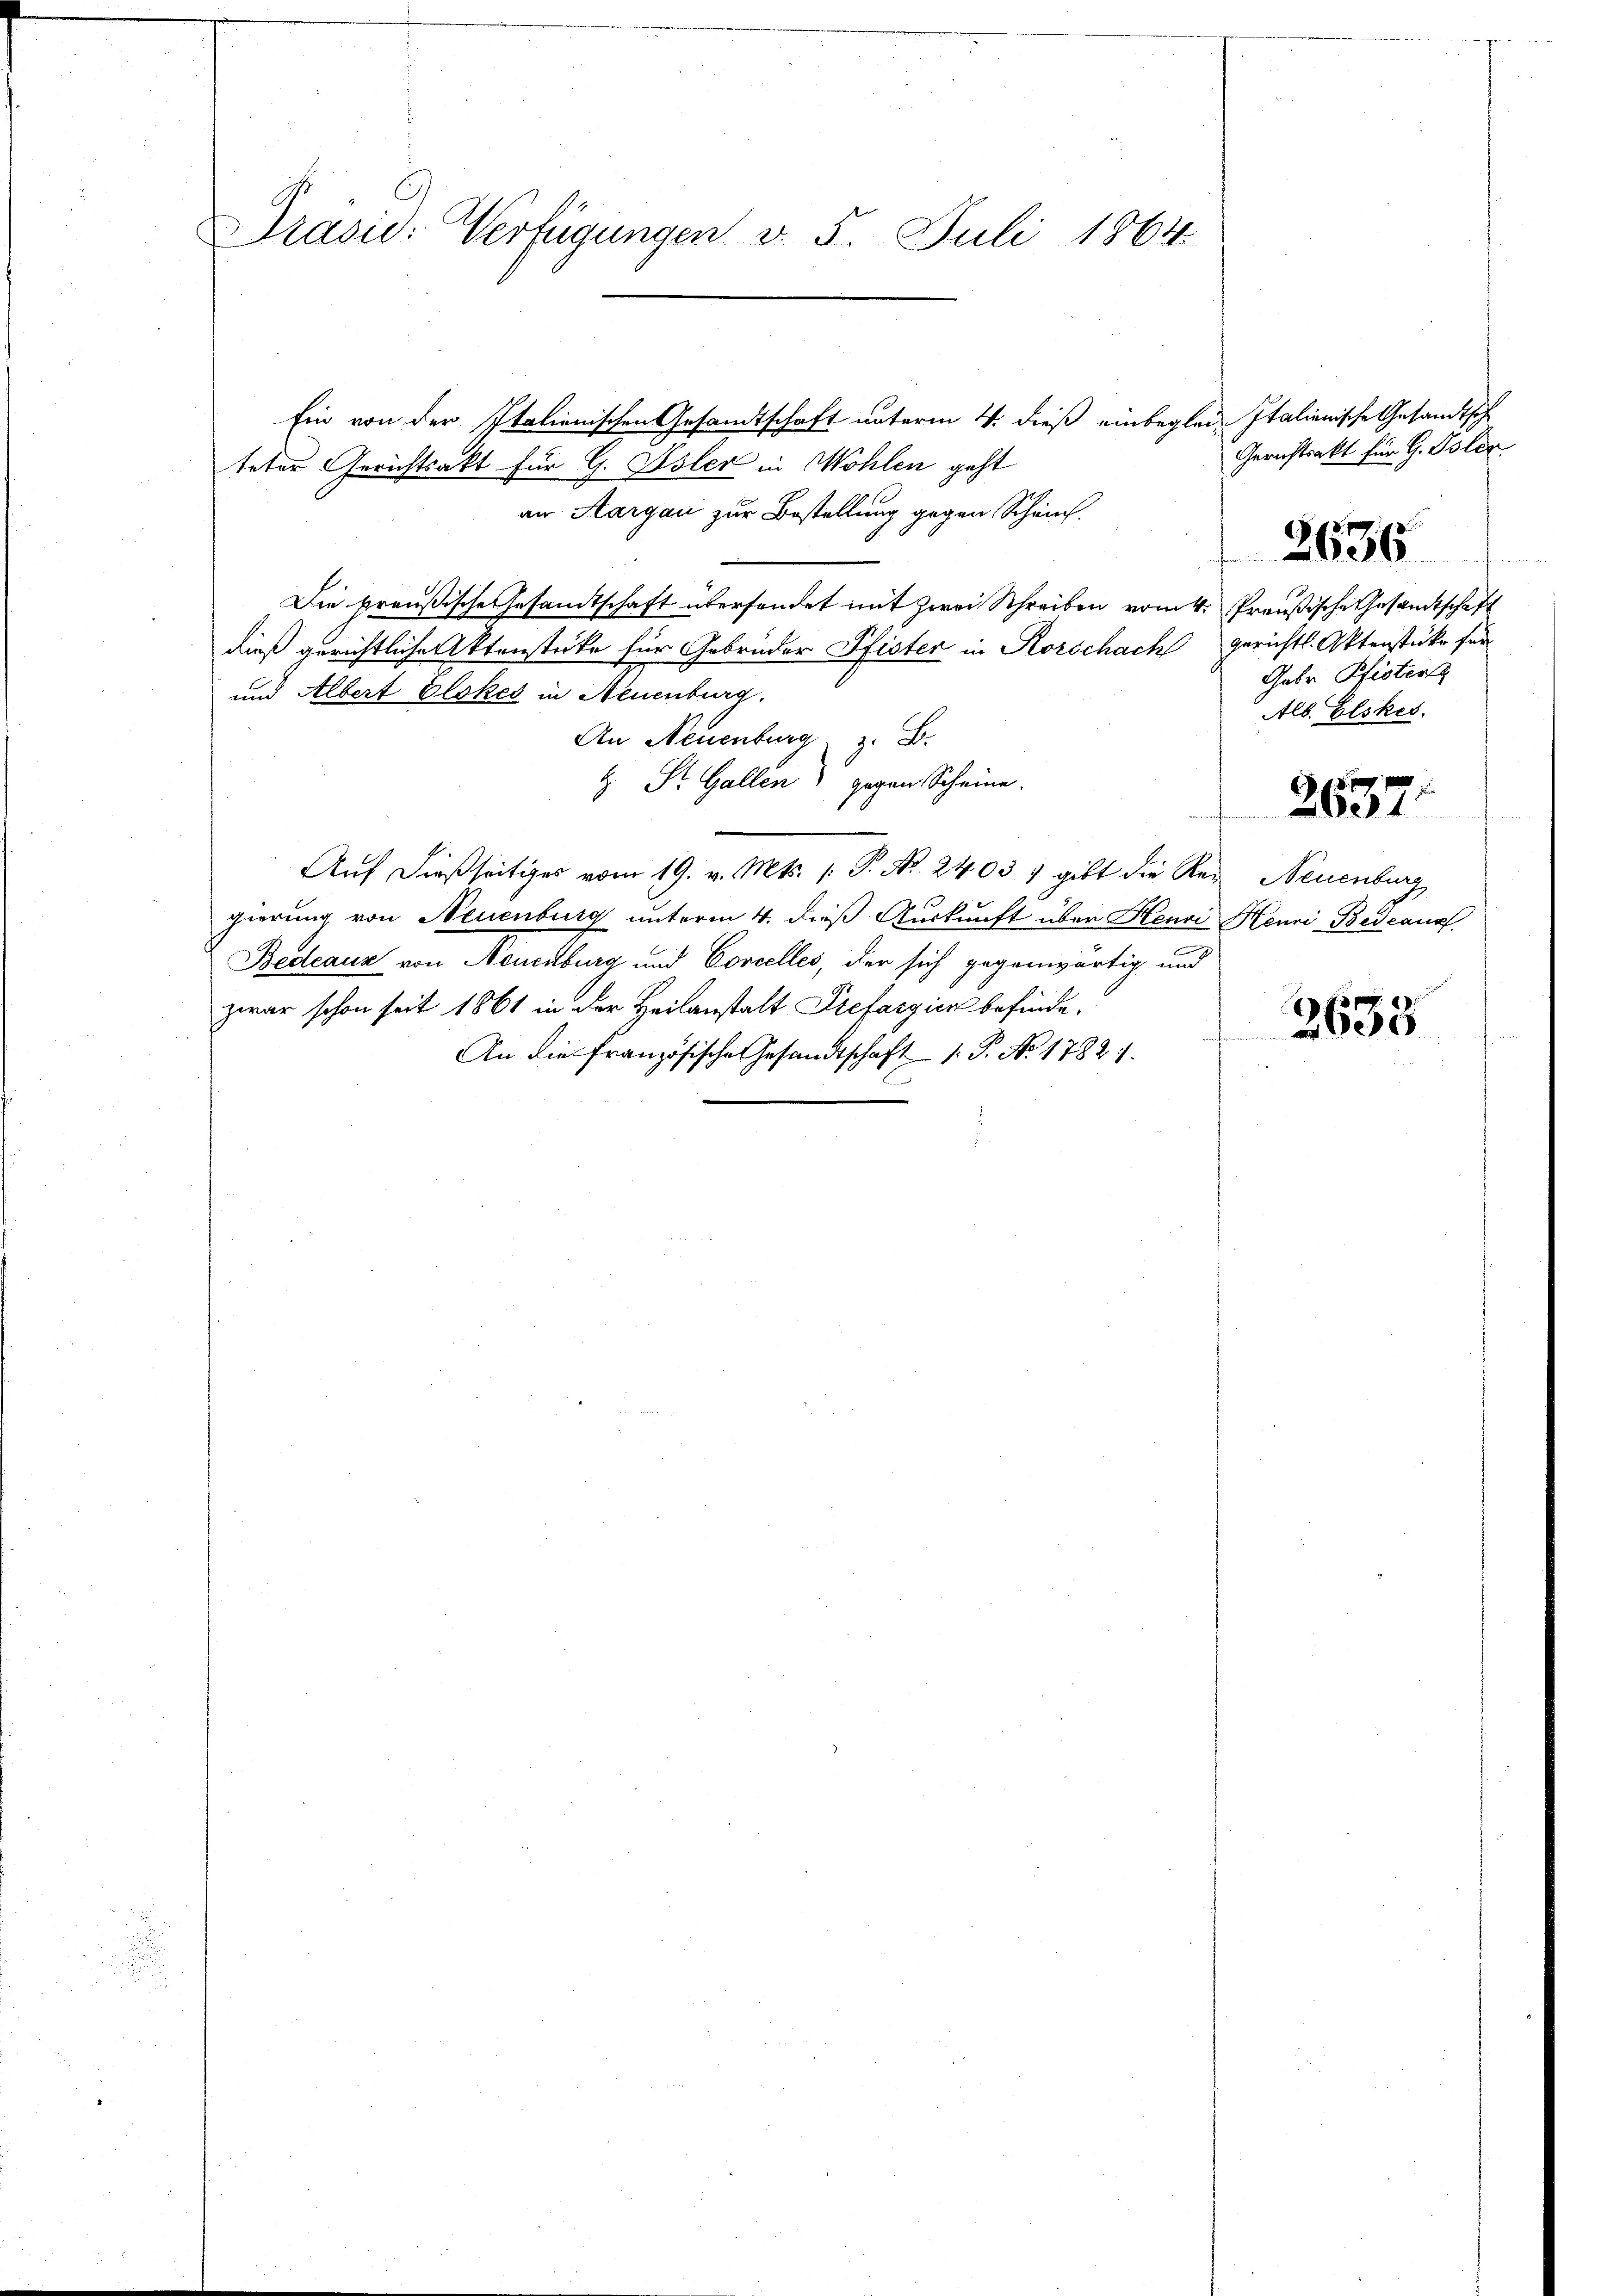
Prasi: Verfügungen v. 5. Juli 1864.

Ein von der Italienischen Gesandtschaft unterm 4. dieß einbeglei- Italienische Gesandtsch
teter Gerichtsakt für G. Isler in Wohlen geht
an Aargau zur Bestellung gegen Schein.
Die preußische Gesandtschaft übersendet mit zwei Schreiben vom 4. Preußische Gesandtschaft
dieß gerichtliche Aktenstüke für Gebrüder Pfister in Rorschach gerichtl. Aktenstüke für
und Albert Glokes in Neuenburg.
An Neuenburg z. B.
H. St. Gallen) gegen Scheine.
Auf dießseitiges vom 19. v. Mts. (T. No. 24037 gibt die Re- Neuenburg
gierung von Neuenburg unterm 4. daß Auskunft über Henri Henri Bedeang
Bedeaux von Neuenburg und Corcelles, der sich gegenwärtig und
zwar schon seit 1861 in der Heilanstalt Prefasgien befinde.
An die französische Gesandtschaft 1. P. Nr. 17821.

Gerichtsakt für G. Polen
Gatr. Pfister
Alb. Elskes.
26371

2636

2633